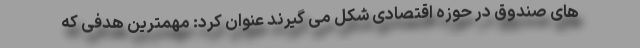
های صندوق در حوزه اقتصادی شکل می گیرند عنوان کرد: مهمترین هدفی که